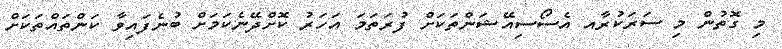
މި ގޮތުން މި ސަރަކުރާއ އެސޯސިއޭޝަންތަކަށް ފުރަތަމަ އަހަރު ކޮށްދޭނެކަމަށް ބުނެފައިވާ ކަންތައްތަކަށް